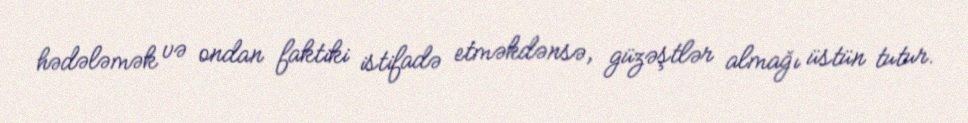
hədələmək və ondan faktiki istifadə etməkdənsə, güzəştlər almağı üstün tutur.